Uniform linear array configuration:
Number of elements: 32
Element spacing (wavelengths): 0.75
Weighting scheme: exponential
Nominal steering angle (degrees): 30
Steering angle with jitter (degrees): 30.019
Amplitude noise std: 0.05
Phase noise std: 0.05

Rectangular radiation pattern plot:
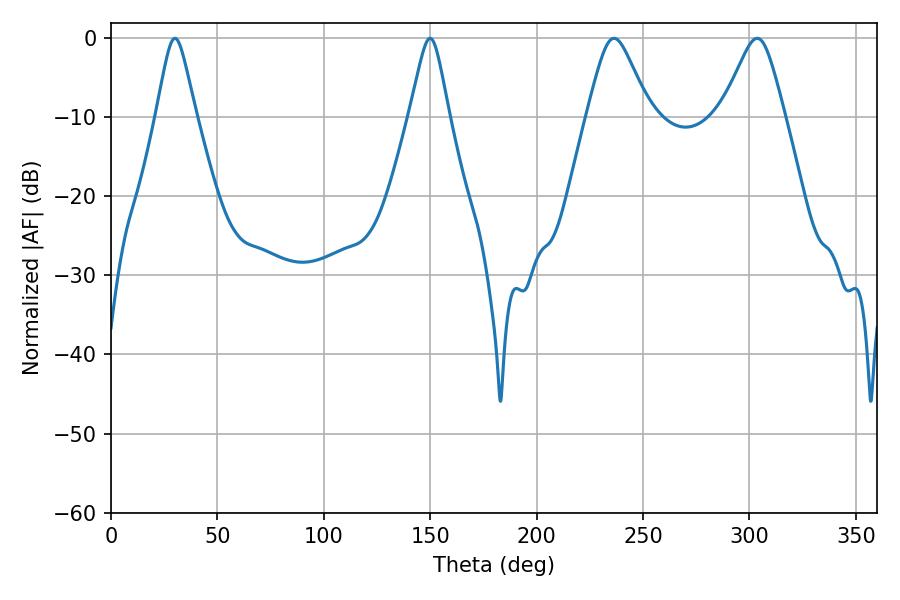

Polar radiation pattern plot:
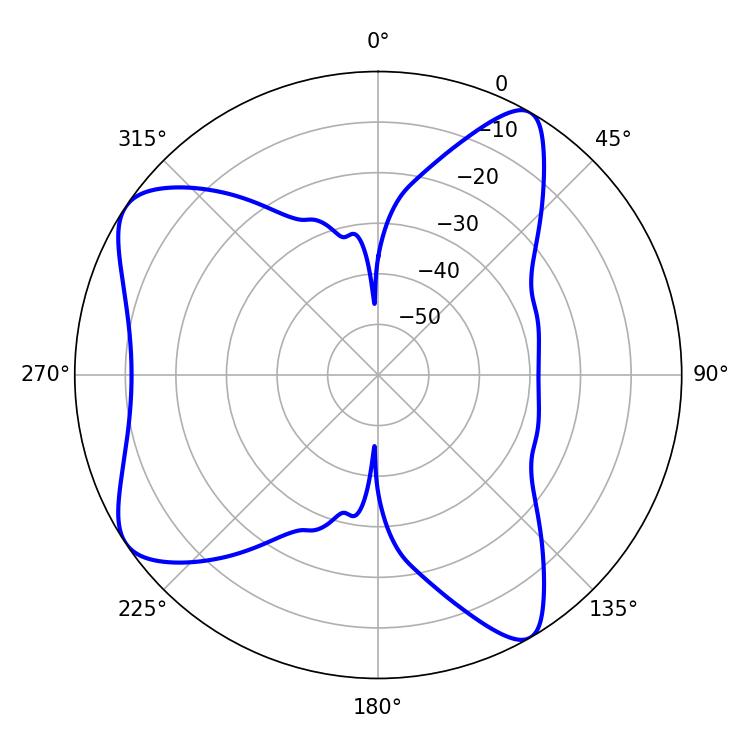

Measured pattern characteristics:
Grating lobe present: TRUE
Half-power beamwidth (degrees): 8.82
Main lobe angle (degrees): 30.06